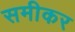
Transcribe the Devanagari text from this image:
समीकर